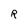
Character: R